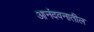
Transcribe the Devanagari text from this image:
आनंदवनातील